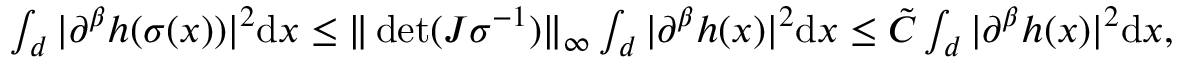
\begin{array} { r } { \int _ { \r { d } } \vert \partial ^ { \beta } h ( \sigma ( x ) ) \vert ^ { 2 } \mathrm { d } x \le \Vert \det ( J \sigma ^ { - 1 } ) \Vert _ { \infty } \int _ { \r { d } } \vert \partial ^ { \beta } h ( x ) \vert ^ { 2 } \mathrm { d } x \le \tilde { C } \int _ { \r { d } } \vert \partial ^ { \beta } h ( x ) \vert ^ { 2 } \mathrm { d } x , } \end{array}